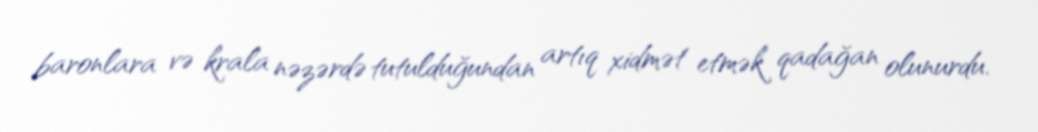
baronlara və krala nəzərdə tutulduğundan artıq xidmət etmək qadağan olunurdu.